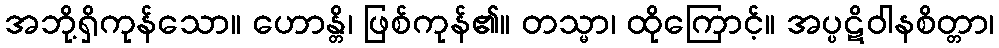
အဘို့ရှိကုန်သော။ ဟောန္တိ၊ ဖြစ်ကုန်၏။ တသ္မာ၊ ထိုကြောင့်။ အပ္ပဋိဝါနစိတ္တာ၊